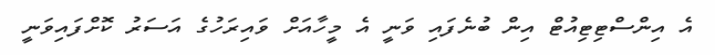
އެ އިންސްޓިޓިއުޓް އިން ބުނެފައި ވަނީ އެ މީހާއަށް ވައިރަހުގެ އަސަރު ކޮށްފައިވަނީ